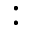
: